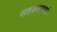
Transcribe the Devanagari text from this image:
सहजसमरसं